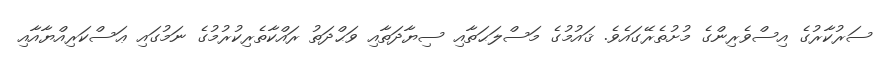
ސަރުކާރުގެ އިސްވެރިންގެ މުށުތެރޭގައެވެ. ޤައުމުގެ މަސްލަޙަތާއި ސިޔާދަތާއި ވަޙްދަތު ރައްކާތެރިކުރުމުގެ ނަމުގައި ޢަސްކަރިއްޔާއާއި